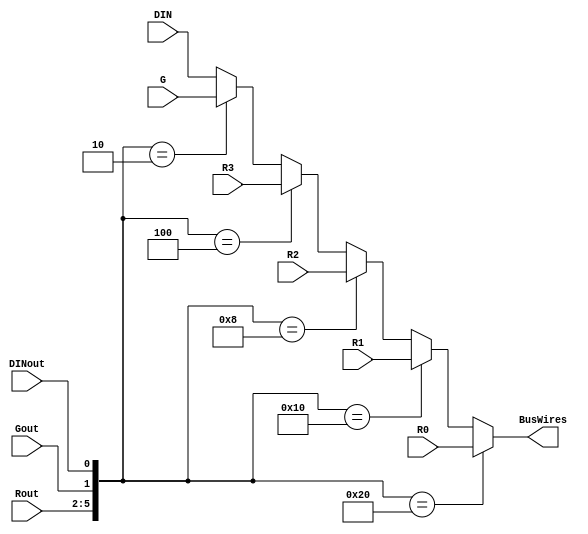
// This program was cloned from: https://github.com/huangxc6/Software_Hardware_Co-Design_24Spring
// License: MIT License

//Name: busmux
//Function: 
//	 	select which reg push to bus

//Rout, Gout, DINout, R0, R1, R2, R3, G, DIN, BusWires
//only R0~R3

module busmux
#(parameter REG_NUM = 4, DATAWIDTH = 6)
(
	input      [REG_NUM-1:0]   Rout,
	input                      Gout, DINout,
	input      [DATAWIDTH-1:0] R0, R1, R2, R3, G, DIN,
	output reg [DATAWIDTH-1:0] BusWires
);

	wire[REG_NUM+1:0] Sel;

	assign Sel = {Rout, Gout, DINout};

	always@(*)
	begin
		if(Sel == 'b100_000)
			BusWires = R0;
		else if(Sel == 'b010_000)
			BusWires = R1;
		else if(Sel == 'b001_000)
			BusWires = R2;
		else if(Sel == 'b000_100)
			BusWires = R3;
		else if(Sel == 'b000_010)
			BusWires = G;
		else BusWires = DIN;
	end

endmodule //end of busmux